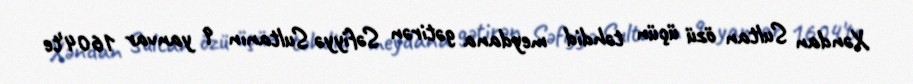
Xəndan Sultan özü üçün təhdid meydana gətirən Səfiyyə Sultanın 9 yanvar 1604'te